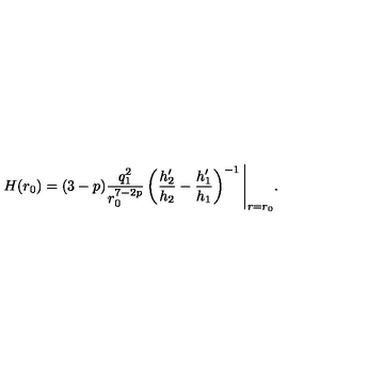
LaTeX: H ( r _ { 0 } ) = ( 3 - p ) \frac { q _ { 1 } ^ { 2 } } { r _ { 0 } ^ { 7 - 2 p } } \left( \frac { h _ { 2 } ^ { \prime } } { h _ { 2 } } - \frac { h _ { 1 } ^ { \prime } } { h _ { 1 } } \right) ^ { - 1 } \Bigg \vert _ { r = r _ { 0 } } .